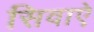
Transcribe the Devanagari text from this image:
सिवाऐ